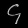
Digit: ၄